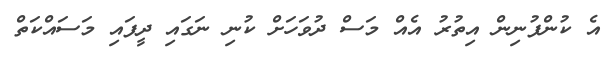
އެ ކުންފުނިން އިތުރު އެއް މަސް ދުވަހަށް ކުނި ނަގައި ދީފައި މަސައްކަތް